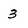
Character: 3